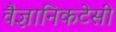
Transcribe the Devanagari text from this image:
वैज्ञानिकटेसी